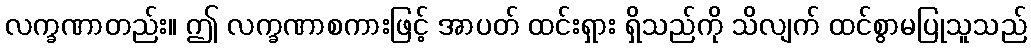
လက္ခဏာတည်း။ ဤ လက္ခဏာစကားဖြင့် အာပတ် ထင်းရှား ရှိသည်ကို သိလျက် ထင်စွာမပြုသူသည်